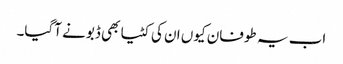
اب یہ طوفان کیوں ان کی کٹیا بھی ڈبونے آگیا۔